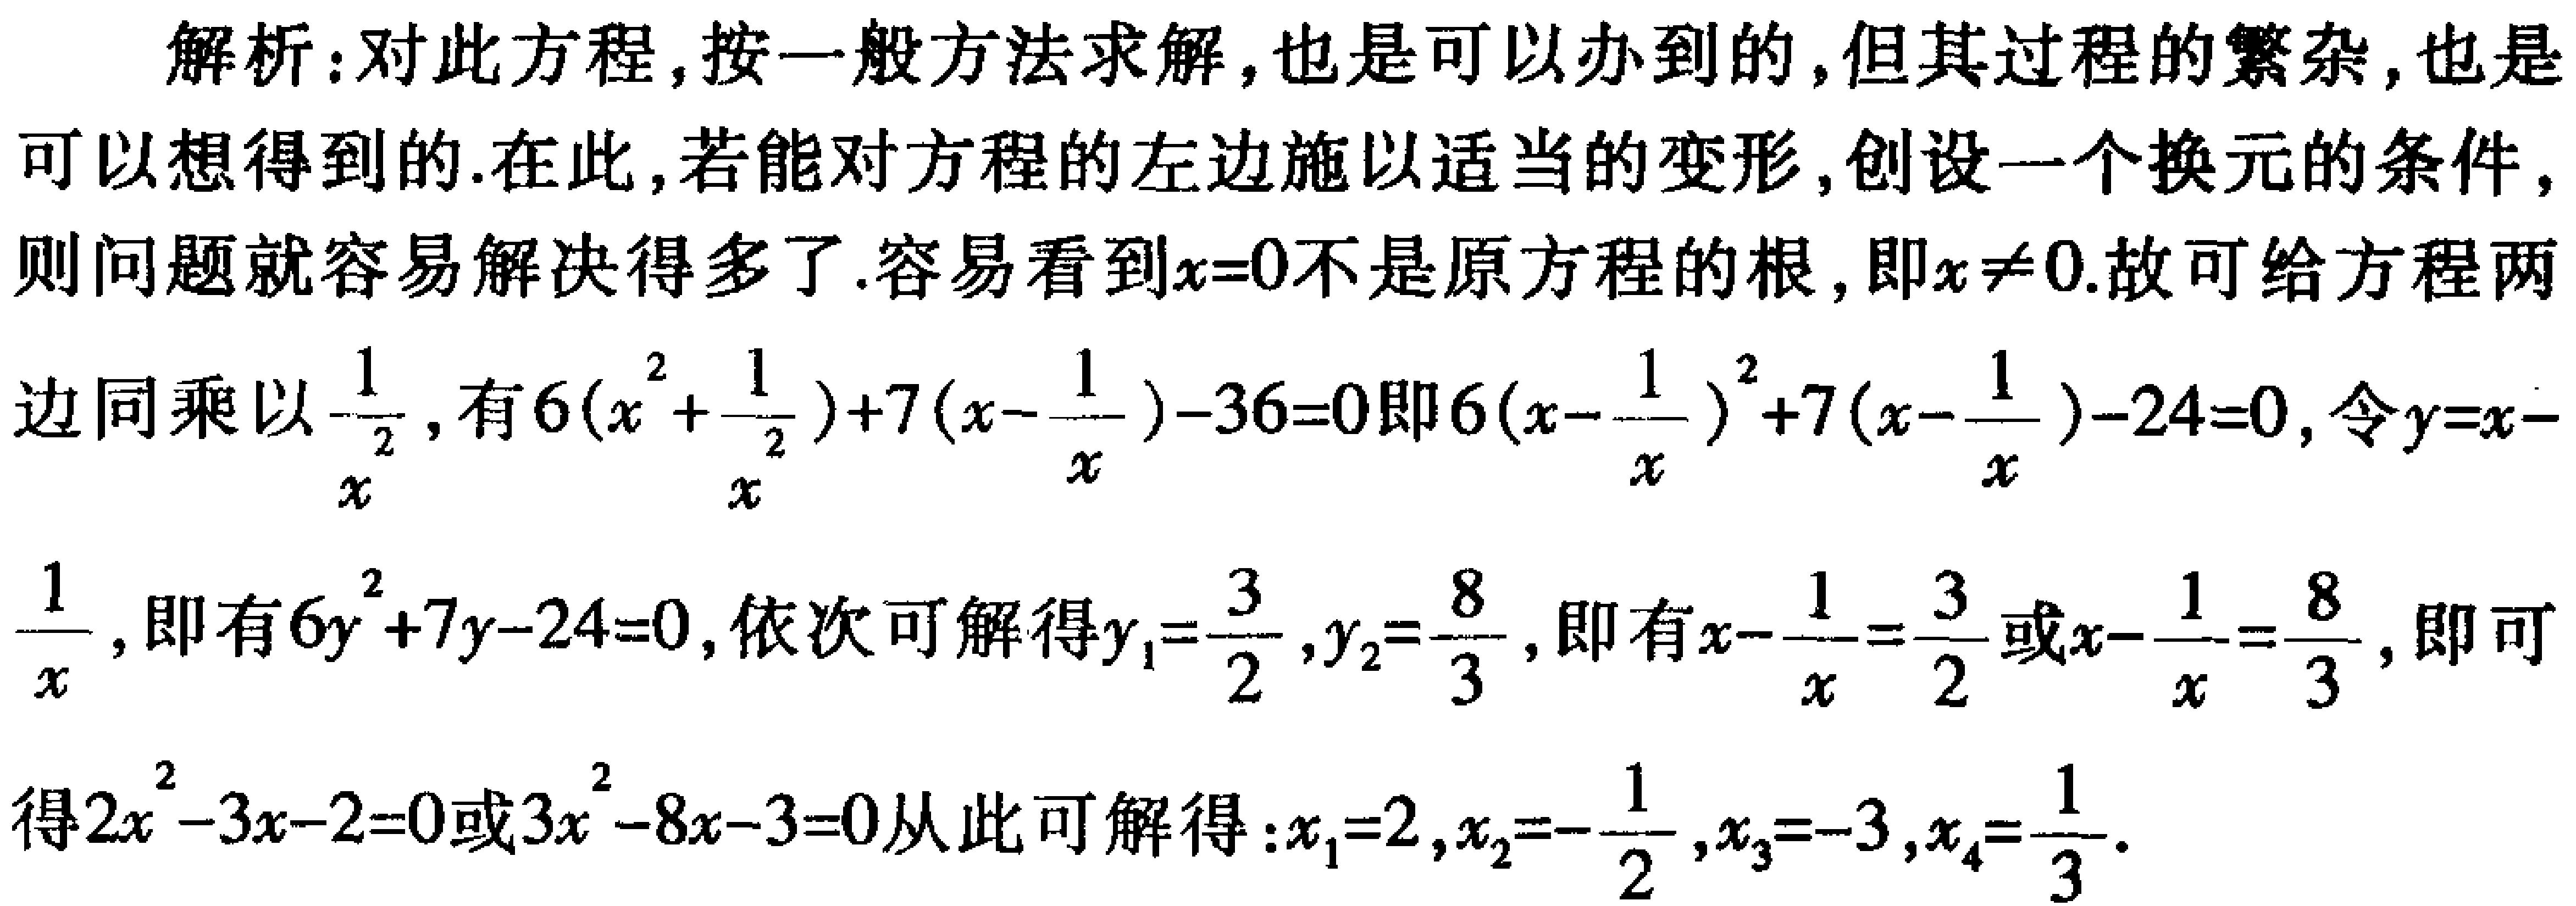
解析：对此方程,按一般方法求解,也是可以办到的,但其过程的繁杂,也是
可以想得到的.在此,若能对方程的左边施以适当的变形,创设一个换元的条件,
则问题就容易解决得多了.容易看到\(x = 0\)不是原方程的根,即\(x\neq0\).故可给方程两
边同乘以\(\frac{1}{x^{2}}\),有\(6(x^{2}+\frac{1}{x^{2}})+7(x - \frac{1}{x})-36 = 0\)即\(6(x - \frac{1}{x})^{2}+7(x - \frac{1}{x})-24 = 0\),令\(y=x - \frac{1}{x}\),即有\(6y^{2}+7y - 24 = 0\),依次可解得\(y_{1}=\frac{3}{2},y_{2}=\frac{8}{3}\),即有\(x - \frac{1}{x}=\frac{3}{2}\)或\(x - \frac{1}{x}=\frac{8}{3}\),即可
得\(2x^{2}-3x - 2 = 0\)或\(3x^{2}-8x - 3 = 0\)从此可解得：\(x_{1}=2,x_{2}=-\frac{1}{2},x_{3}=-3,x_{4}=\frac{1}{3}\).